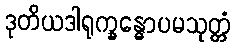
ဒုတိယဒါရုက္ခန္ဓောပမသုတ္တံ